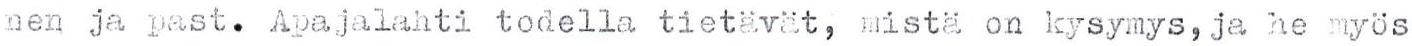
nen ja past. Apajalahti todella tietävät, mistä on kysymys, ja he myös